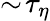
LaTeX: \sim\! \tau_{\eta}